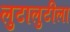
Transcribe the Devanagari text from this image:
लुटालुटीला